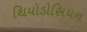
થિયોડોસિયન